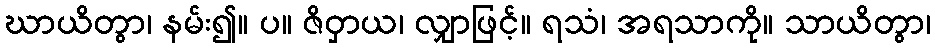
ဃာယိတွာ၊ နမ်း၍။ ပ။ ဇိဝှာယ၊ လျှာဖြင့်။ ရသံ၊ အရသာကို။ သာယိတွာ၊